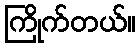
ကြိုက်တယ်။